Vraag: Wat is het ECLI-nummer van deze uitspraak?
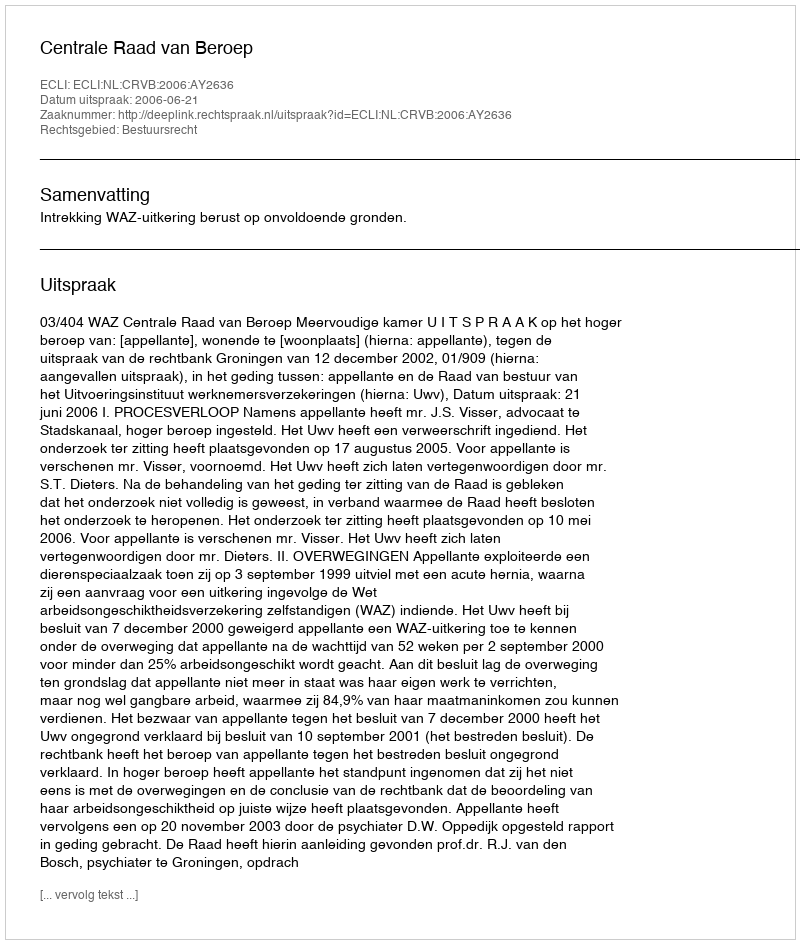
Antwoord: ECLI:NL:CRVB:2006:AY2636